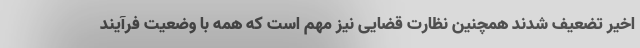
اخیر تضعیف شدند همچنین نظارت قضایی نیز مهم است که همه با وضعیت فرآیند